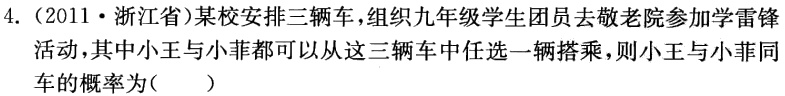
4.（2011·浙江省）某校安排三辆车，组织九年级学生团员去敬老院参加学雷锋活动，其中小王与小菲都可以从这三辆车中任选一辆搭乘，则小王与小菲同车的概率为( )